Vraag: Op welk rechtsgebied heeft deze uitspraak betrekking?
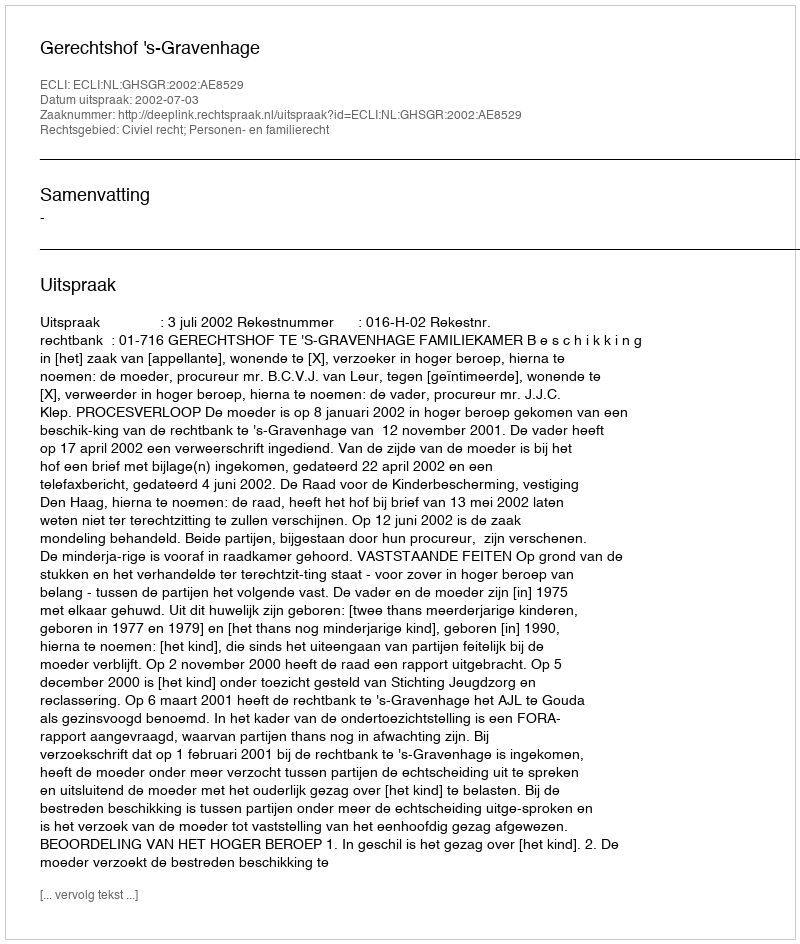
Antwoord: Civiel recht; Personen- en familierecht